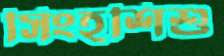
সিংহশিশু